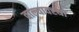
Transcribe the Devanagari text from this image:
वाल्यावस्था